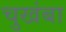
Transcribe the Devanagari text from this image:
चुखंबा